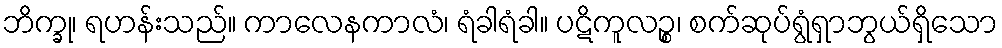
ဘိက္ခု၊ ရဟန်းသည်။ ကာလေနကာလံ၊ ရံခါရံခါ။ ပဋိကူလဉ္စ၊ စက်ဆုပ်ရွံရှာဘွယ်ရှိသော